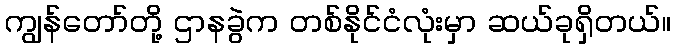
ကျွန်တော်တို့ ဌာနခွဲက တစ်နိုင်ငံလုံးမှာ ဆယ်ခုရှိတယ်။